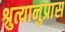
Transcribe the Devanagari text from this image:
श्रुत्यानुप्रास